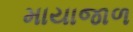
માયાજાળ